Document type: Grant
Year: 1445
Scribe: Antoni Gomar
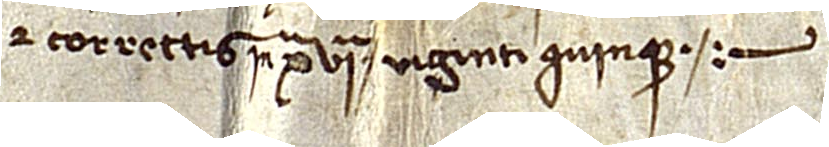
et correctis in Xª VIª, “viginti quinque”.